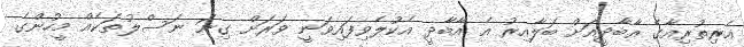
އެރިތުރިއާގެ އާބާދީއަށް ބަލާއިރު އެ އާބާދީ އެކުލެވިފައިވަނީ ވަރަށް ގިނަ ނަސްލުތަކެއް މީހުންގެ